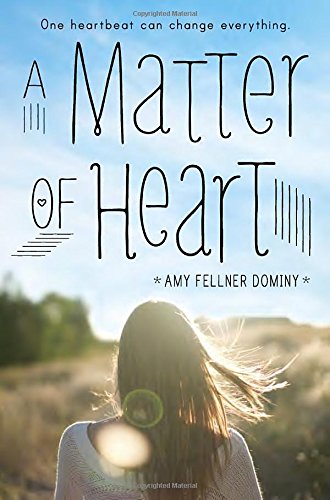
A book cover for A Matter of Heart; Amy Fellner Dominy; Teen & Young Adult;